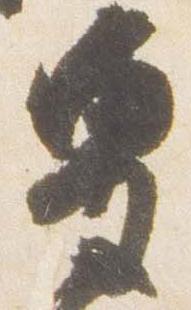
皇